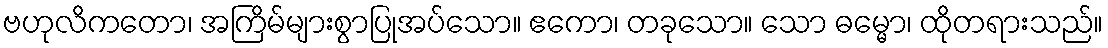
ဗဟုလိကတော၊ အကြိမ်များစွာပြုအပ်သော။ ဧကော၊ တခုသော။ သော ဓမ္မော၊ ထိုတရားသည်။